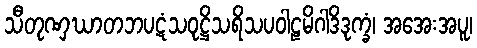
သီတုဏှဃာတဘပဋံသဝုဋ္ဌိသရိသပဝါဠမိဂါဒိဒုက္ခံ၊ အအေးအပူ၊